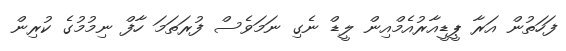
ފަހަތުން އަރާ ޕީޑީއާރުއެމްއިން ލީޑް ނެގި ނަމަވެސް ފުރަތަމަ ހާފް ނިމުމުގެ ކުރިން